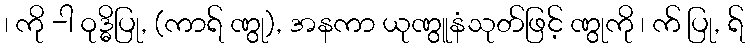
၊ ကို -ါ ဝုဒ္ဓိပြု, (ကာရ် ဏွု), အနကာ ယုဏွူနံသုတ်ဖြင့် ဏွုကို ၊ က် ပြု, ရ်